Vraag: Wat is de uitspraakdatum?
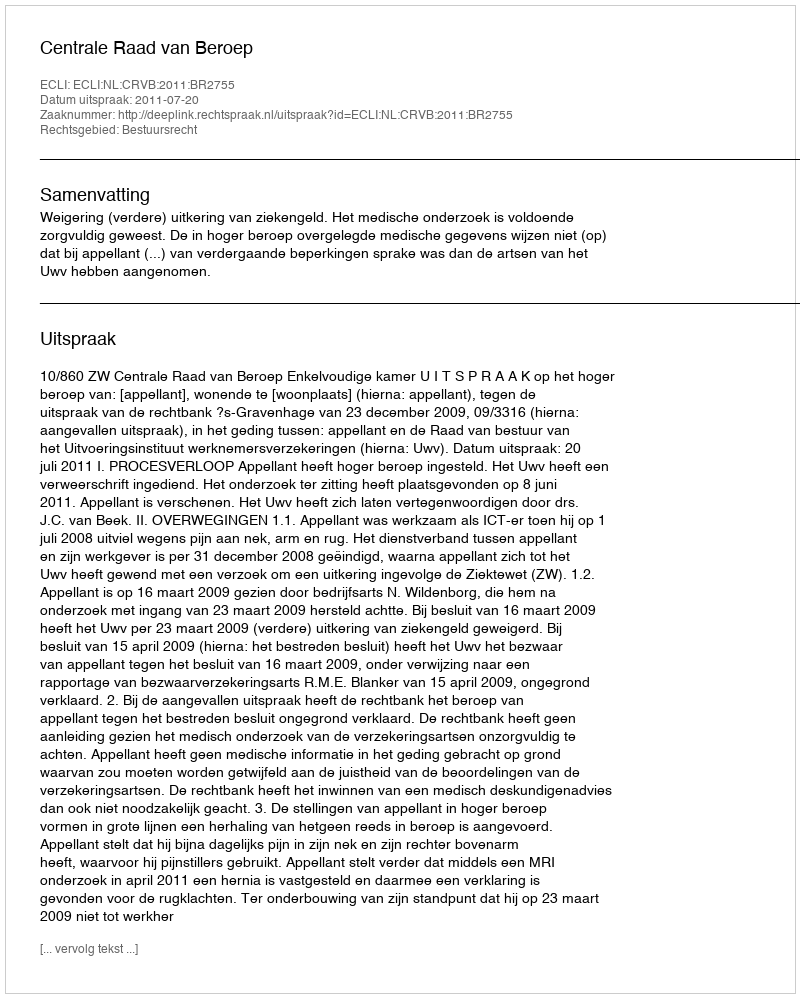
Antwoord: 2011-07-20